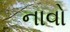
નાવો